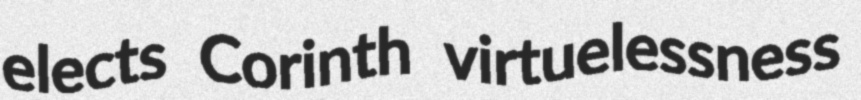
elects Corinth virtuelessness